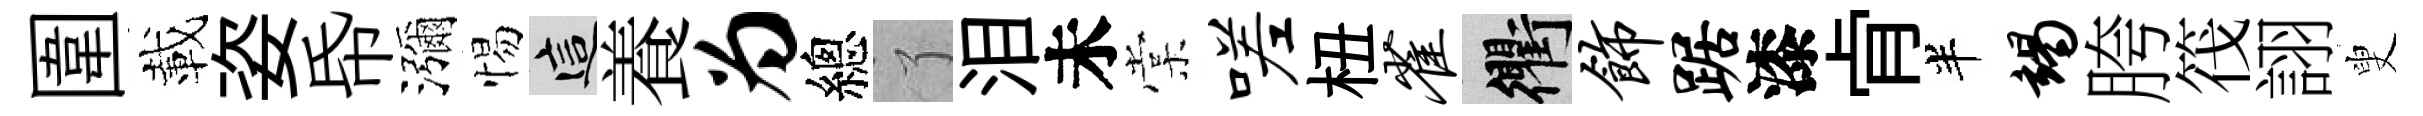
圍載姿帋瀰惕這養为總了泪未棠嗟杻雀衢饰踞漆肻半竭胯筏詡叟